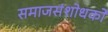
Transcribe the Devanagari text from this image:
समाजसंशोधकों